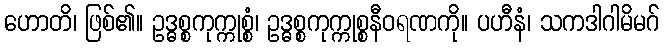
ဟောတိ၊ ဖြစ်၏။ ဥဒ္ဓစ္စကုက္ကုစ္စံ၊ ဥဒ္ဓစ္စကုက္ကုစ္စနီဝရဏကို။ ပဟီနံ၊ သကဒါဂါမိမဂ်